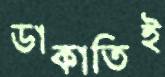
ডাকাতিই